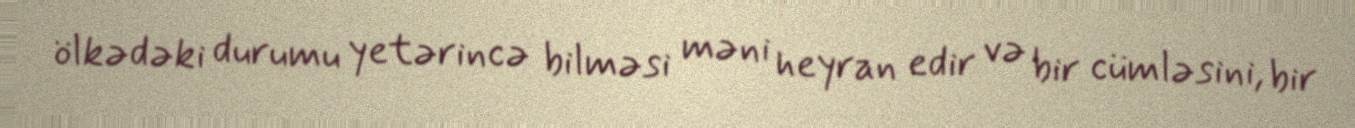
ölkədəki durumu yetərincə bilməsi məni heyran edir və bir cümləsini, bir